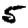
Digit: 5